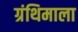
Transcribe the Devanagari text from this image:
ग्रंथिमाला